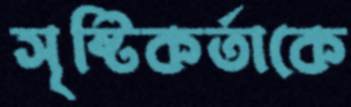
সৃষ্টিকর্তাকে